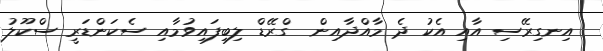
އިނގިރޭސި އާއި އެކު ދެ މާއްދާއިން  ގްރޭޑް ލިބިފައިވުމާއި ސެކަންޑަރީ ސްކޫލު